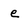
Character: e